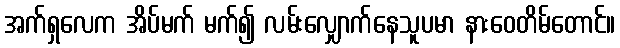
အက်ရှလေက အိပ်မက် မက်၍ လမ်းလျှောက်နေသူပမာ နားဝေတိမ်တောင်။